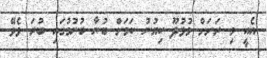
އެއީ މި ރަށަށް މުޅުދޫ ކިޔުނު ކަމަށް ބުނާ ބުނުމުގައި ބުރަ ވެވޭ